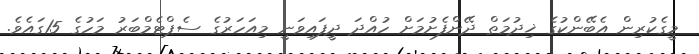
މީގެކުރިން އެބޭންކުގެ ޚިދުމަތް ދޭންފެށުމަށް ހުއްދަ ދީފައިވަނީ މިއަހަރުގެ ސެޕްޓެމްބަރު މަހުގެ 15ގައެވެ.